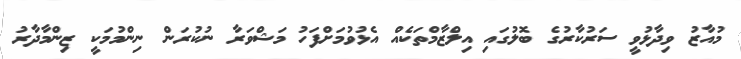
މުއާޒު ވިދާޅުވީ ސަރުކާރުގެ ބޮލުގައި އިލްޒާމްތަކެއް އެޅުވުމަށްފަހު މަޝްވަރާ ނުކުރަން ނިންމުމަކީ ޒިންމާދާރު